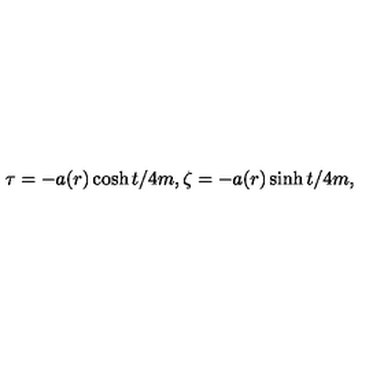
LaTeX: \tau = - a ( r ) \cosh t / 4 m , \zeta = - a ( r ) \sinh t / 4 m ,